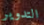
التدوير